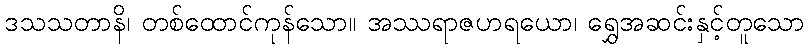
ဒသသတာနိ၊ တစ်ထောင်ကုန်သော။ အဿရာဇဟရယော၊ ရွှေအဆင်းနှင့်တူသော